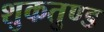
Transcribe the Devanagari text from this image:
शुकतुण्ड